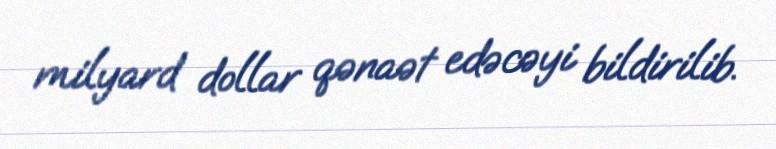
milyard dollar qənaət edəcəyi bildirilib.